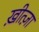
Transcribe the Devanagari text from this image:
ख़ीत्ज़ा